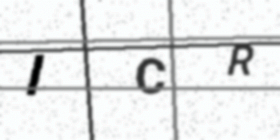
Text: ICR